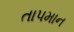
તાપમાન